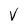
Character: V